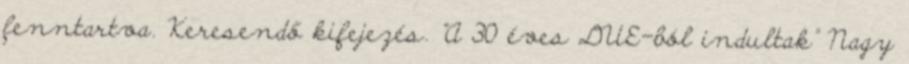
fenntartva. Keresendő kifejezés. "A 30 éves DUE-ból indultak" Nagy